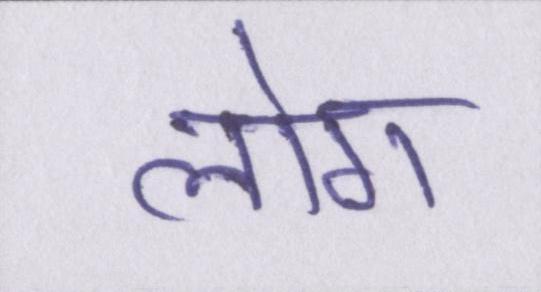
लोग